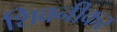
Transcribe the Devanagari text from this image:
शिवनीकर